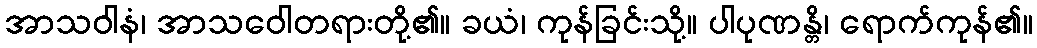
အာသဝါနံ၊ အာသဝေါတရားတို့၏။ ခယံ၊ ကုန်ခြင်းသို့။ ပါပုဏန္တိ၊ ရောက်ကုန်၏။